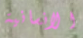
الانسانية